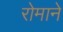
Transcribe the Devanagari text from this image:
रोमाने